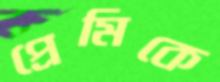
প্রেমিকে